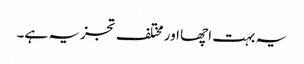
یہ بہت اچھا اور مختلف تجزیہ ہے۔